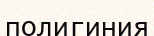
полигиния